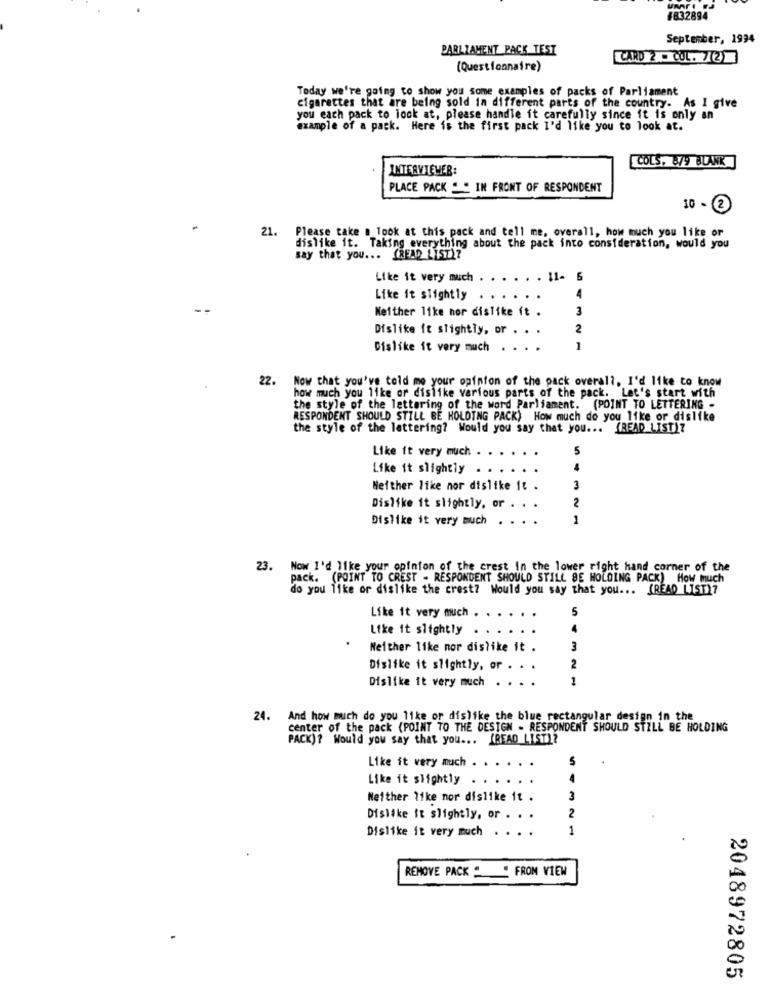
#832894
September, 1994
PARLIAMENT PACK TEST
CARD 2 . COL. 72
(Questionnaire)
Today we're going to show you some examples of packs of Parliament
cigarettes that are being sold in different parts of the country. As I give
you each pack to look at, please handle it carefully since it is only an
example of a pack. Here is the first pack I'd like you to look at.
INTERVIEWER:
COLS. 879 BLANK
PLACE PACK " " IN FRONT OF RESPONDENT
10 - 2
21.
Please take a look at this pack and tell me, overall, how much you like or
dislike it. Taking everything about the pack into consideration, would you
say that you ... (READ LIST)?
Like it very much
. . . . 11- 5
Like it slightly . .
4
3
Neither like hor dislike ft .
Dislike it slightly, or . .
2
Dislike it very much
1
22. Now that you've told me your opinion of the pack overall, I'd like to know
how much you like or dislike various parts of the pack. Let's start with
the style of the lettering of the word Parliament. (POINT TO LETTERING -
RESPONDENT SHOULD STILL BE HOLDING PACK) How much do you like or dislike
the style of the lettering? Would you say that you ... (READ LIST)?
Like it very much .
5
Like it slightly
Neither like nor dislike it .
3
2
Dislike it slightly, or . . .
Dislike it very much
. . .
1
23. Now I'd like your opinion of the crest In the lower right hand corner of the
pack. (POINT TO CREST - RESPONDENT SHOULD STILL BE HOLDING PACK) How much
do you like or dislike the crest? Would you say that you ... [READ LIST)7
Like it very much
Like it slightly . . . .
Neither like mor dislike it .
3
Dislike it slightly, or
2
Dislike it very much
1
24. And how much do you like or dislike the blue rectangular design in the
center of the pack (POINT TO THE DESIGN . RESPONDENT SHOULD STILL BE HOLDING
PACK)? Would you say that you ... (READ LIST)?
Like it very much
S
Like it slightly
Neither like nor dislike it .
3
Dislike it slightly, or . . .
2
Dislike it very much
....
1
REMOVE PACK " " FROM VIEW
2048972805